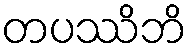
တပဿိဘိ